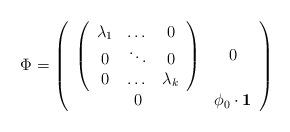
LaTeX: \begin{align*}\Phi = \left( \begin{array}{cc} \left( \begin{array}{ccc} \lambda_{1}& \dots & 0 \\0 & \ddots & 0 \\0 & \dots & \lambda_{k} \end{array} \right) & 0 \\0 & \phi_{0} \cdot {\bf 1} \end{array} \right)\end{align*}